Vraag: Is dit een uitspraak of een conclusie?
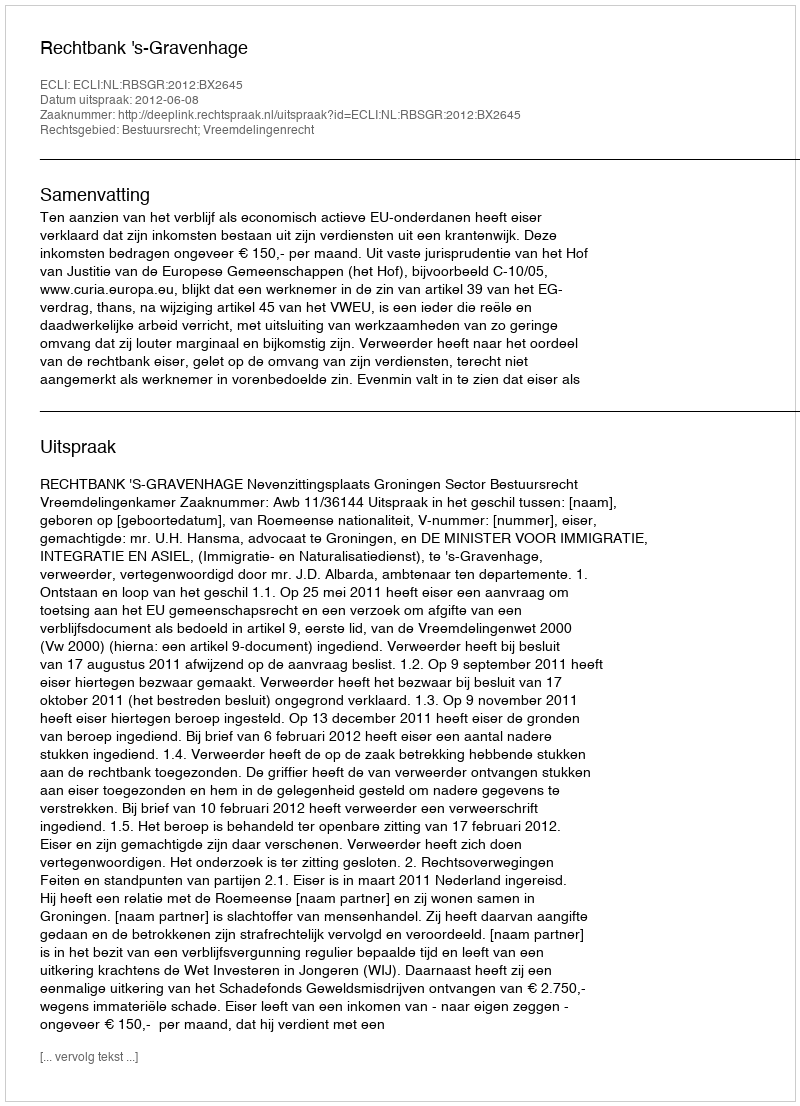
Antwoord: Uitspraak